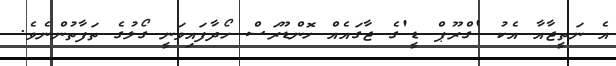
އެ ނަތީޖާއާ އެކު 'ގްރޫޕް ޑީ'ގެ ޖާގައެއް ހޮންޑޫރަސް ހޯދާފައިވަނީ ގޯލުގެ ތަފާތުންނެވެ.